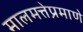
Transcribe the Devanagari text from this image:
मालमत्तेप्रमाणे